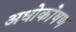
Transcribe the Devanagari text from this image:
अधोकोषण